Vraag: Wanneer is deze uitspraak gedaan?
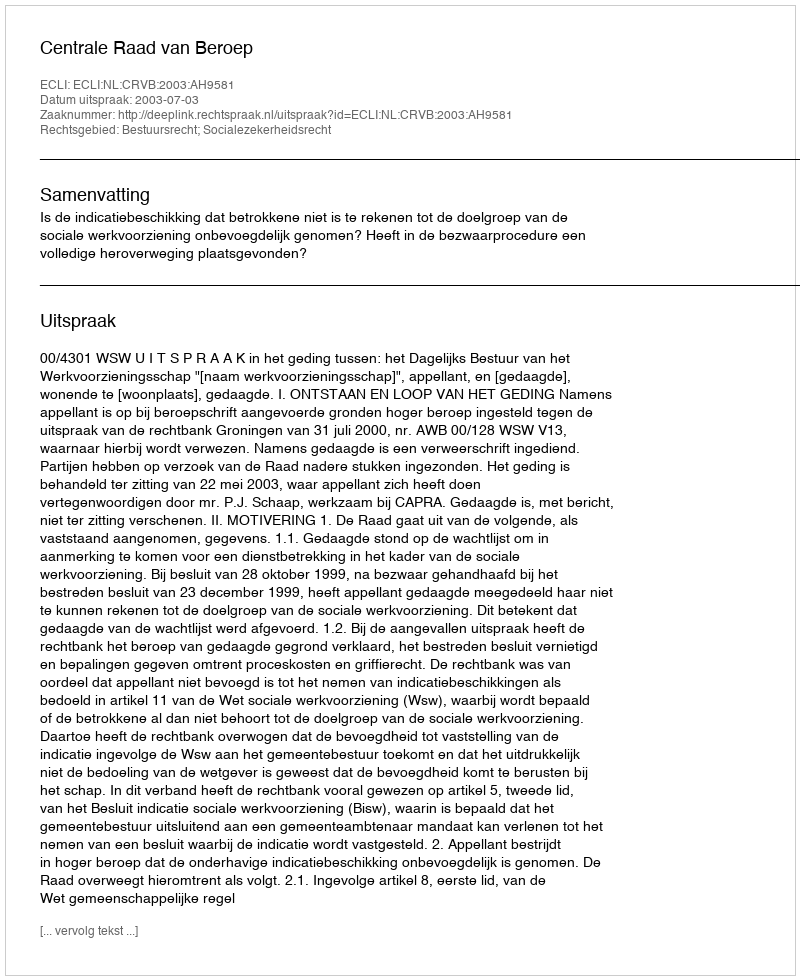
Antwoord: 2003-07-03